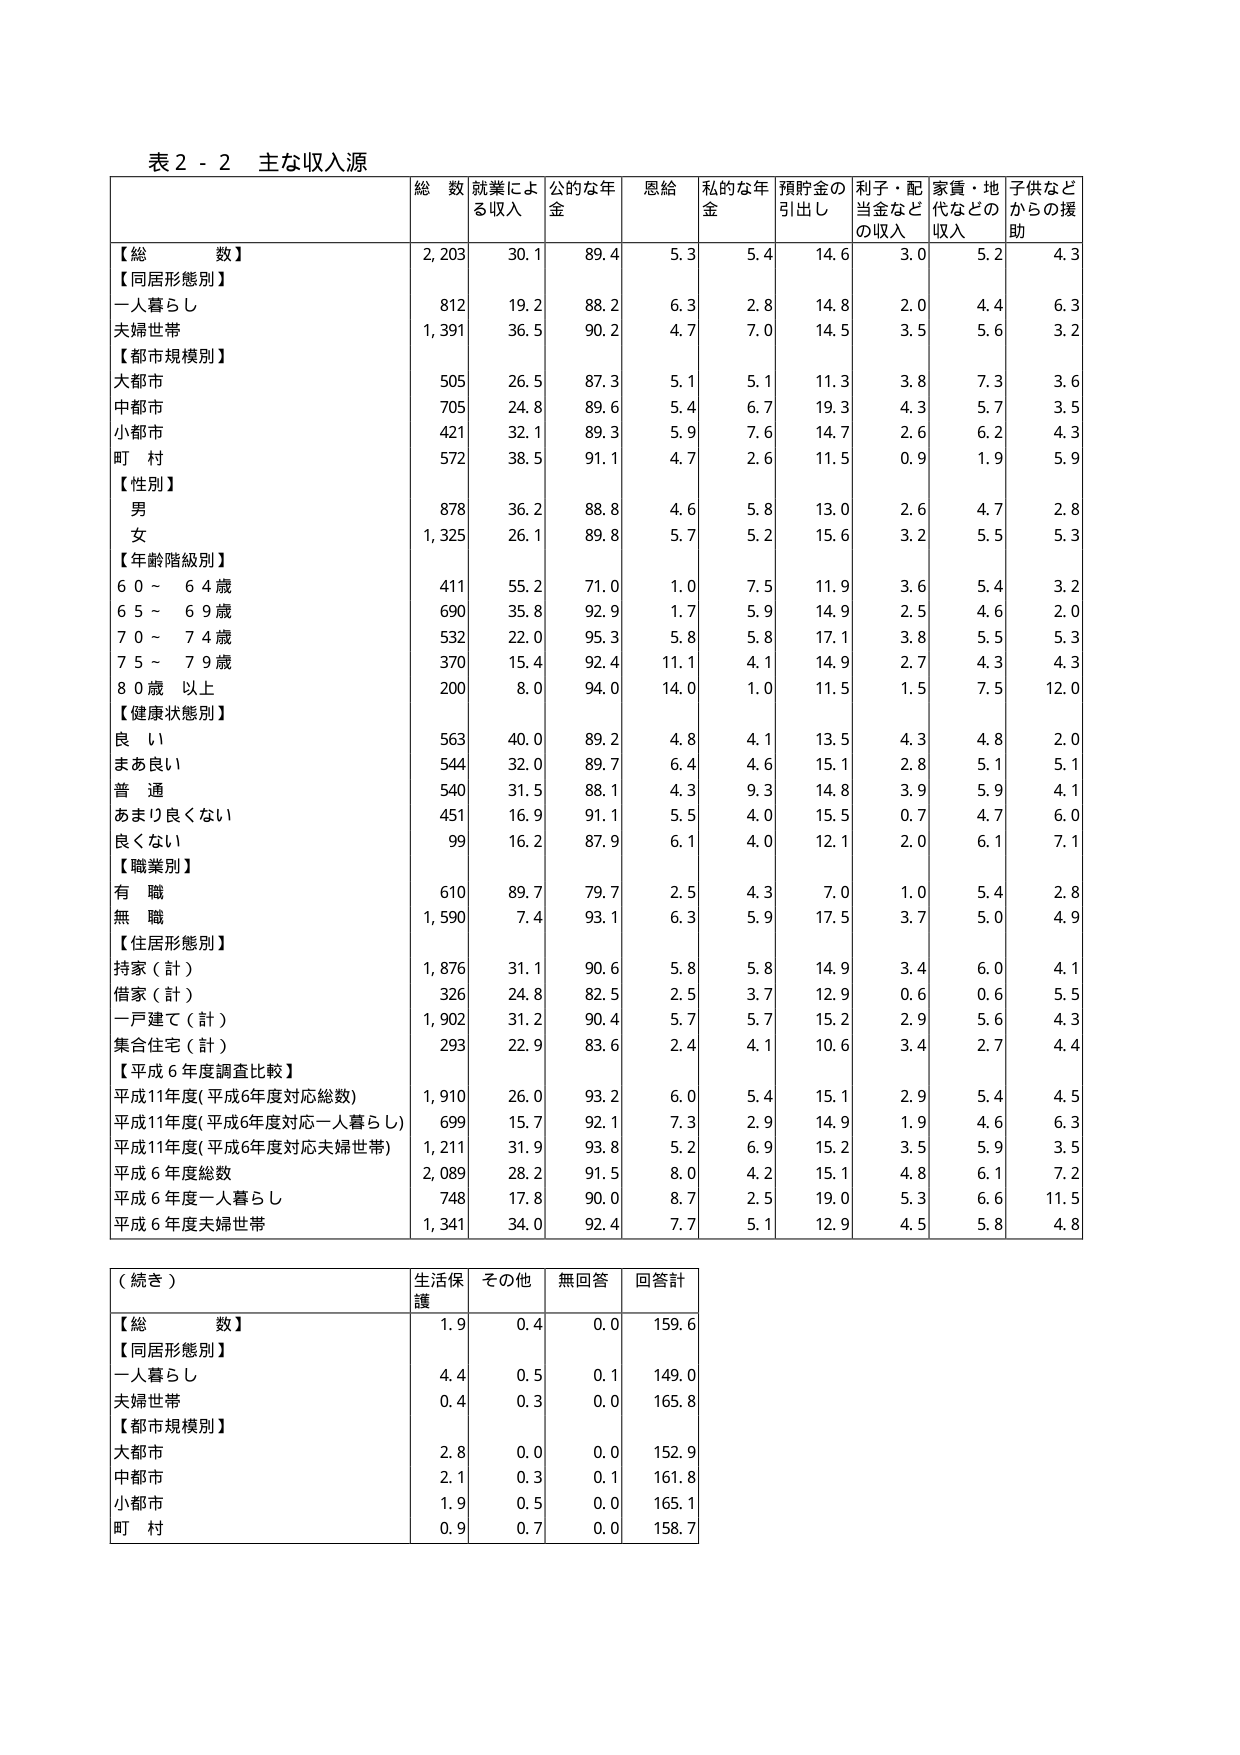
表２－２ 主な収入源

総数 就業による収入 公的な年金 恩給 私的な年金 預貯金の引出し 利子・配当金などの収入 家賃・地代などの収入 子供などからの援助

【総数】 2,203 30.1 89.4 5.3 5.4 14.6 3.0 5.2 4.3

【同居形態別】
一人暮らし 812 19.2 88.2 6.3 2.8 14.8 2.0 4.4 6.3
夫婦世帯 1,391 36.5 90.2 4.7 7.0 14.5 3.5 5.6 3.2

【都市規模別】
大都市 505 26.5 87.3 5.1 5.1 11.3 3.8 7.3 3.6
中都市 705 24.8 89.6 5.4 6.7 19.3 4.3 5.7 3.5
小都市 421 32.1 89.3 5.9 7.6 14.7 2.6 6.2 4.3
町村 572 38.5 91.1 4.7 2.6 11.5 0.9 1.9 5.9

【性別】
男 878 36.2 88.8 4.6 5.8 13.0 2.6 4.7 2.8
女 1,325 26.1 89.8 5.7 5.2 15.6 3.2 5.5 5.3

【年齢階級別】
60～64歳 411 55.2 71.0 1.0 7.5 11.9 3.6 5.4 3.2
65～69歳 690 35.8 92.9 1.7 5.9 14.9 2.5 4.6 2.0
70～74歳 532 22.0 95.3 5.8 5.8 17.1 3.8 5.5 5.3
75～79歳 370 15.4 92.4 11.1 4.1 14.9 2.7 4.3 4.3
80歳以上 200 8.0 94.0 14.0 1.0 11.5 1.5 7.5 12.0

【健康状態別】
良い 563 40.0 89.2 4.8 4.1 13.5 4.3 4.8 2.0
まあ良い 544 32.0 89.7 6.4 4.6 15.1 2.8 5.1 5.1
普通 540 31.5 88.1 4.3 9.3 14.8 3.9 5.9 4.1
あまり良くない 451 16.9 91.1 5.5 4.0 15.5 0.7 4.7 6.0
良くない 99 16.2 87.9 6.1 4.0 12.1 2.0 6.1 7.1

【職業別】
有職 610 89.7 79.7 2.5 4.3 7.0 1.0 5.4 2.8
無職 1,590 7.4 93.1 6.3 5.9 17.5 3.7 5.0 4.9

【住居形態別】
持家（計） 1,876 31.1 90.6 5.8 5.8 14.9 3.4 6.0 4.1
借家（計） 326 24.8 82.5 2.5 3.7 12.9 0.6 0.6 5.5
一戸建て（計） 1,902 31.2 90.4 5.7 5.7 15.2 2.9 5.6 4.3
集合住宅（計） 293 22.9 83.6 2.4 4.1 10.6 3.4 2.7 4.4

【平成6年度調査比較】
平成11年度（平成6年度対応総数） 1,910 26.0 93.2 6.0 5.4 15.1 2.9 5.4 4.5
平成11年度（平成6年度対応一人暮らし） 699 15.7 92.1 7.3 2.9 14.9 1.9 4.6 6.3
平成11年度（平成6年度対応夫婦世帯） 1,211 31.9 93.8 5.2 6.9 15.2 3.5 5.9 3.5
平成6年度総数 2,089 28.2 91.5 8.0 4.2 15.1 4.8 6.1 7.2
平成6年度一人暮らし 748 17.8 90.0 8.7 2.5 19.0 5.3 6.6 11.5
平成6年度夫婦世帯 1,341 34.0 92.4 7.7 5.1 12.9 4.5 5.8 4.8

（続き）
生活保護 その他 無回答 回答計

【総数】 1.9 0.4 0.0 159.6
【同居形態別】
一人暮らし 4.4 0.5 0.1 149.0
夫婦世帯 0.4 0.3 0.0 165.8
【都市規模別】
大都市 2.8 0.0 0.0 152.9
中都市 2.1 0.3 0.1 161.8
小都市 1.9 0.5 0.0 165.1
町村 0.9 0.7 0.0 158.7